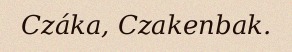
Czáka, Czakenbak.